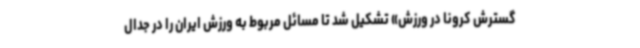
گسترش کرونا در ورزش» تشکیل شد تا مسائل مربوط به ورزش ایران را در جدال